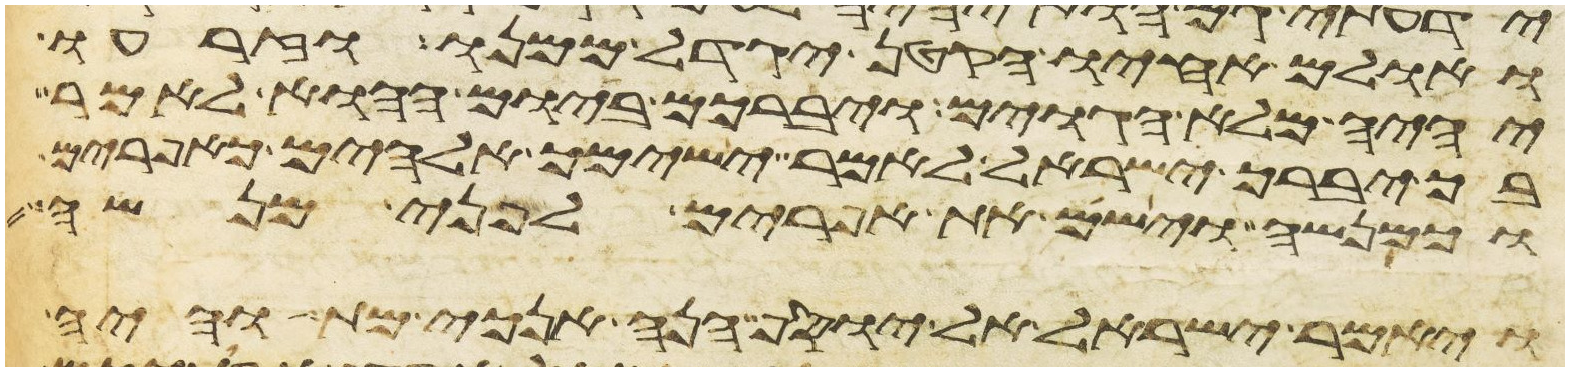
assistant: ואולם אחיו הקטן יגדל ממנו וזרעו
יהיה מלא הגוים ויברכם ביום ההוא לאמר
בך יברך ישראל לאמר ישימך אלהים כאפרים
וכמנשה וישם את אפרים לפני מנשה
ויאמר ישראל אל יוסף הנה אנכי מת והיה